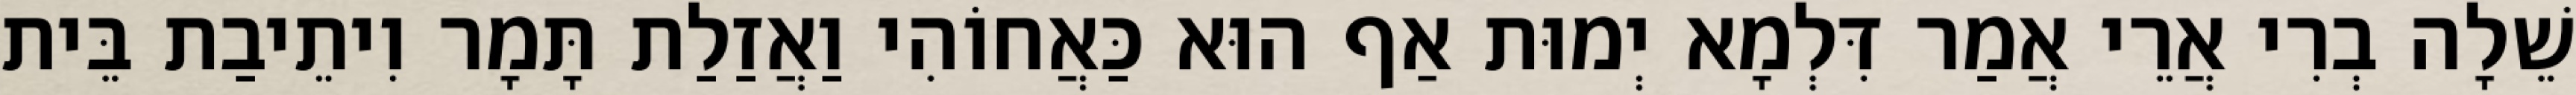
שֵׁלָה בְרִי אֲרֵי אֲמַר דִּלְמָא יְמוּת אַף הוּא כַּאֲחוֹהִי וַאֲזַלַת תָּמָר וִיתֵיבַת בֵּית